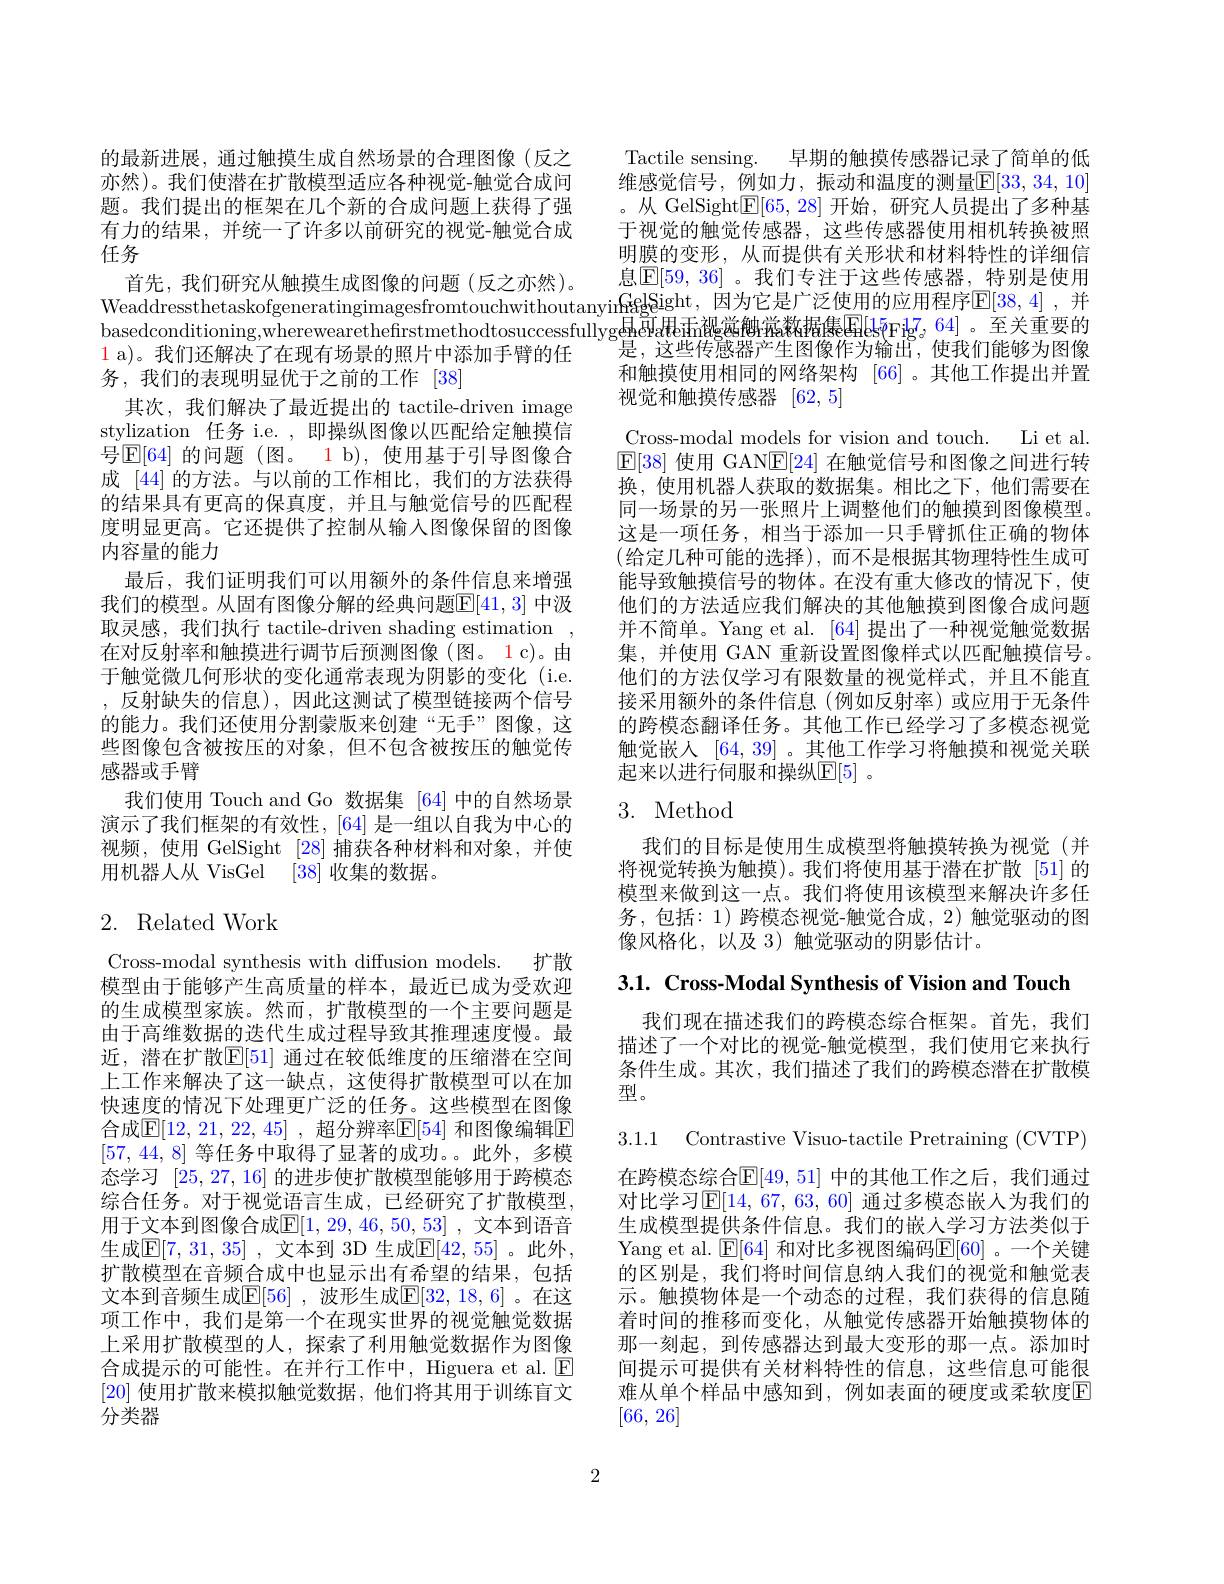
的最新进展，通过触摸生成自然场景的合理图像(反之亦然)。我们使潜在扩散模型适应各种视觉-触觉合成问题。我们提出的框架在几个新的合成问题上获得了强有力的结果，并统一了许多以前研究的视觉-触觉合成任务
$\color{red} 1 a) 。我 们 还 解 决 了 在 现 有 场 景 的 照 片 中 添 加 手 臂 的 任$
务，我们的表现明显优于之前的工作[38]
其次，我们解决了最近提出的 tactile-driven image stylization 任务 i.e. ,即操纵图像以匹配给定触摸信号$\boxed{\mathrm{F}}[64]$ 的问题 (图。1 b),使用基于引导图像合成 [44] 的方法。与以前的工作相比，我们的方法获得的结果具有更高的保真度，并且与触觉信号的匹配程度明显更高。它还提供了控制从输入图像保留的图像内容量的能力
最后，我们证明我们可以用额外的条件信息来增强我们的模型。从固有图像分解的经典问题$\mathbb{E}[41,3]$ 中汲取灵感，我们执行 tactile-driven shading estimation , 在对反射率和触摸进行调节后预测图像(图。1 c)。由于触觉微几何形状的变化通常表现为阴影的变化 (i.e. ,反射缺失的信息),因此这测试了模型链接两个信号的能力。我们还使用分割蒙版来创建“无手”图像，这些图像包含被按压的对象，但不包含被按压的触觉传感器或手臂
我们使用 Touch and Go 数据集 [64]中的自然场景演示了我们框架的有效性，[64] 是一组以自我为中心的视频，使用 GelSight [28]捕获各种材料和对象，并使用机器人从 VisGel [38] 收集的数据。

# 2. Related Work

Cross-modal synthesis with diffusion models. 扩散模型由于能够产生高质量的样本，最近已成为受欢迎

的生成模型家族。然而，扩散模型的一个主要问题是由于高维数据的迭代生成过程导致其推理速度慢。最近，潜在扩散$\mathbb{E}[51]$ 通过在较低维度的压缩潜在空间上工作来解决了这一缺点，这使得扩散模型可以在加快速度的情况下处理更广泛的任务。这些模型在图像合成$\mathbb{E}[12,21,22,45]$ ,超分辨率$\mathbb{E}[54]$ 和图像编辑$\mathbb{E}$ [57,44,8]等任务中取得了显著的成功。此外，多模态学习[25,27,16]的进步使扩散模型能够用于跨模态综合任务。对于视觉语言生成，已经研究了扩散模型， 用于文本到图像合成$\mathbb{E}[1,29,46,50,53]$ ,文本到语音生成$\mathbb{E}[7,31,35]$ ,文本到 3D 生成$\mathbb{E}[42,55]$ 。此外， 扩散模型在音频合成中也显示出有希望的结果，包括文本到音频生成$\mathbb{E}[56]$ ,波形生成$\mathbb{E}[32,18,6]$ 。在这项工作中，我们是第一个在现实世界的视觉触觉数据上采用扩散模型的人，探索了利用触觉数据作为图像合成提示的可能性。在并行工作中，Higuera et al. E [20]使用扩散来模拟触觉数据，他们将其用于训练盲文分类器

Tactile sensing. 早期的触摸传感器记录了简单的低维感觉信号，例如力，振动和温度的测量$\mathbb{E}[33,34,10]$ 。从 GelSight$\mathbb{E}[65,28]$开始，研究人员提出了多种基于视觉的触觉传感器，这些传感器使用相机转换被照明膜的变形，从而提供有关形状和材料特性的详细信息$\mathbb{E}[59,36]$ 。我们专注于这些传感器，\_特别是使用
$\begin{aligned}\text{首先，我们研究从触摸生成图像的问题 (反之亦然)。}&\text{息[E[59,36]。我们专注于这些传感器，特别是便用}\\\text{WeaddressthetaskofgeneratingimagesfromtouchwithoutanyinfgalSight,因为它是广泛使用的应用程序E[38,4],并}\\\text{WeaddressthetaskofgeneratingimagesfromtouchwithoutanyinfgalSight,因为它是广泛使用的应用程序E[15pr]}&\text{否关重严故}\end{aligned}$
和触摸使用相同的网络架构 [66] 。其他工作提出并置
视觉和触摸传感器[62,5]
Cross-modal models for vision and touch. Li et al. $\mathbb{E}[38]$使用 GANE[24]在触觉信号和图像之间进行转换，使用机器人获取的数据集。相比之下，他们需要在同一场景的另一张照片上调整他们的触摸到图像模型。这是一项任务，相当于添加一只手臂抓住正确的物体(给定几种可能的选择),而不是根据其物理特性生成可能导致触摸信号的物体。在没有重大修改的情况下，使他们的方法适应我们解决的其他触摸到图像合成问题并不简单。Yang et al. [64] 提出了一种视觉触觉数据集，并使用 GAN 重新设置图像样式以匹配触摸信号。他们的方法仅学习有限数量的视觉样式，并且不能直接采用额外的条件信息(例如反射率)或应用于无条件的跨模态翻译任务。其他工作已经学习了多模态视觉触觉嵌人 [64, 39] 。其他工作学习将触摸和视觉关联起来以进行伺服和操纵$\mathbb{E}[5]$ 。
3. Method

我们的目标是使用生成模型将触摸转换为视觉(并将视觉转换为触摸)。我们将使用基于潜在扩散[51]的模型来做到这一点。我们将使用该模型来解决许多任务，包括：1) 跨模态视觉-触觉合成，2) 触觉驱动的图像风格化，以及 3) 触觉驱动的阴影估计。

3.1. Cross-Modal Synthesis of Vision and Touch

我们现在描述我们的跨模态综合框架。首先，我们描述了一个对比的视觉-触觉模型，我们使用它来执行条件生成。其次，我们描述了我们的跨模态潜在扩散模型。

3.1.1 Contrastive Visuo-tactile Pretraining (CVTP)

在跨模态综合$\mathbb{E}[49,51]$ 中的其他工作之后，我们通过对比学习$\mathbb{E}[14,67,63,60]$ 通过多模态嵌入为我们的生成模型提供条件信息。我们的嵌人学习方法类似于Yang et al. $\boxed{\mathrm{E}}[64]$ 和对比多视图编码$\boxed{\mathrm{E}}[60]$ 。一个关键的区别是，我们将时间信息纳人我们的视觉和触觉表示。触摸物体是一个动态的过程，我们获得的信息随着时间的推移而变化，从触觉传感器开始触摸物体的那一刻起，到传感器达到最大变形的那一点。添加时间提示可提供有关材料特性的信息，这些信息可能很难从单个样品中感知到，例如表面的硬度或柔软度E [66,26]

2